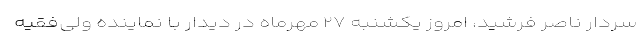
سردار ناصر فرشید، امروز یکشنبه ۲۷ مهرماه در دیدار با نماینده ولی‌فقیه